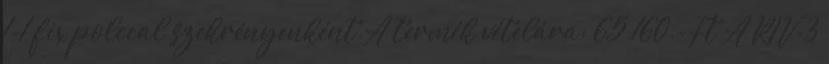
1-1 fix polccal szekrényenként.A termék vételára: 65.160.-Ft A RIV-3